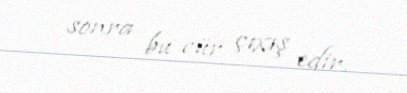
sonra bu cür çıxış edir.